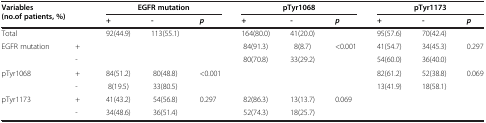
<table><thead><tr><td colspan="2"><b>Variables (no.of patients, %)</b></td><td colspan="3"><b>EGFR mutation</b></td><td colspan="3"><b>pTyr1068</b></td><td colspan="3"><b>pTyr1173</b></td></tr><tr><td><b> </b></td><td><b> </b></td><td><b>+</b></td><td><b>-</b></td><td><b><i>p</i></b></td><td><b>+</b></td><td><b>-</b></td><td><b><i>p</i></b></td><td><b>+</b></td><td><b>-</b></td><td><b><i>p</i></b></td></tr></thead><tbody><tr><td colspan="2">Total</td><td>92(44.9)</td><td>113(55.1)</td><td> </td><td>164(80.0)</td><td>41(20.0)</td><td> </td><td>95(57.6)</td><td>70(42.4)</td><td> </td></tr><tr><td>EGFR mutation</td><td>+</td><td> </td><td> </td><td> </td><td>84(91.3)</td><td>8(8.7)</td><td>&lt;0.001</td><td>41(54.7)</td><td>34(45.3)</td><td>0.297</td></tr><tr><td> </td><td>-</td><td> </td><td> </td><td> </td><td>80(70.8)</td><td>33(29.2)</td><td> </td><td>54(60.0)</td><td>36(40.0)</td><td> </td></tr><tr><td>pTyr1068</td><td>+</td><td>84(51.2)</td><td>80(48.8)</td><td>&lt;0.001</td><td> </td><td> </td><td> </td><td>82(61.2)</td><td>52(38.8)</td><td>0.069</td></tr><tr><td> </td><td>-</td><td>8(19.5)</td><td>33(80.5)</td><td> </td><td> </td><td> </td><td> </td><td>13(41.9)</td><td>18(58.1)</td><td> </td></tr><tr><td>pTyr1173</td><td>+</td><td>41(43.2)</td><td>54(56.8)</td><td>0.297</td><td>82(86.3)</td><td>13(13.7)</td><td>0.069</td><td> </td><td> </td><td> </td></tr><tr><td> </td><td>-</td><td>34(48.6)</td><td>36(51.4)</td><td> </td><td>52(74.3)</td><td>18(25.7)</td><td> </td><td> </td><td> </td><td> </td></tr></tbody></table>